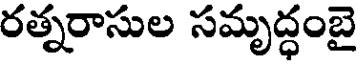
రత్నరాసుల సమృద్ధంబై